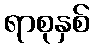
ရာစုနှစ်